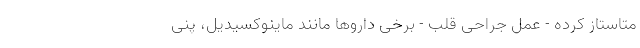
متاستاز کرده - عمل جراحی قلب - برخی داروها مانند ماینوکسیدیل، پنی